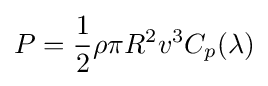
P={\frac {1}{2}}\rho \pi R^{2}v^{3}C_{p}(\lambda )